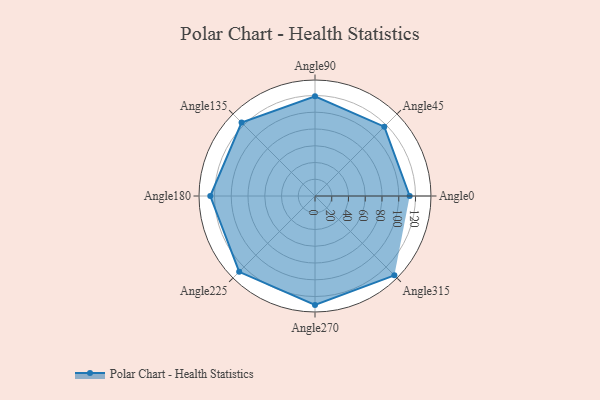
{"axis": {"x": "Angle", "y": "Radius"}, "legend": [""], "data": [{"x": "Angle0", "y": 113.0, "type": ""}, {"x": "Angle45", "y": 117.0, "type": ""}, {"x": "Angle90", "y": 119.0, "type": ""}, {"x": "Angle135", "y": 124.0, "type": ""}, {"x": "Angle180", "y": 125.0, "type": ""}, {"x": "Angle225", "y": 128.0, "type": ""}, {"x": "Angle270", "y": 130.0, "type": ""}, {"x": "Angle315", "y": 134.0, "type": ""}]}